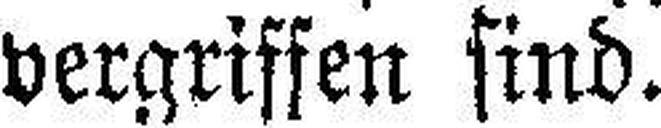
vergriffen sind.